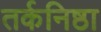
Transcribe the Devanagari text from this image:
तर्कनिष्ठा